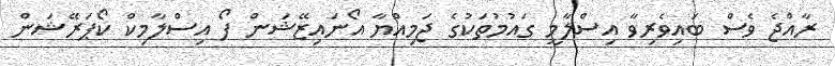
ރާއްޖެ ވެސް ބައިވެރިވާ އިސްލާމީ ގައުމުތަކުގެ ޖަމިއްޔާ އޯނައިޒޭޝަން ފޯ އިސްލާމިކް ކޯޕަރޭޝަން